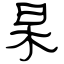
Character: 杲